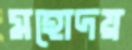
মহোদয়